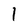
Character: 1